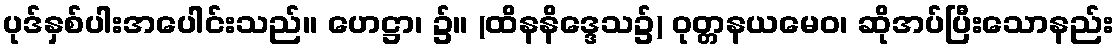
ပုဒ်နှစ်ပါးအပေါင်းသည်။ ဟေဋ္ဌာ၊ ၌။ (ထိနနိဒ္ဒေသ၌) ဝုတ္တနယမေဝ၊ ဆိုအပ်ပြီးသောနည်း